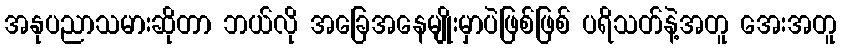
အနုပညာသမားဆိုတာ ဘယ်လို အခြေအနေမျိုးမှာပဲဖြစ်ဖြစ် ပရိသတ်နဲ့အတူ အေးအတူ